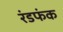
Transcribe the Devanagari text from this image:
रंडफंक